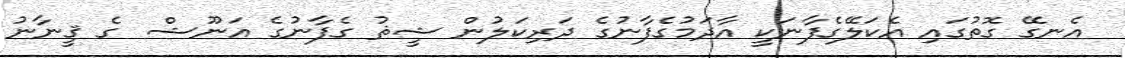
އެނގޭ ގޮތުގައި އެކަލޭގެފާނަކީ އާދަމުގެފާނުގެ ދަރިކަލުން ޝީޘު ގެފާނުގެ އަނޫޝް  ގެ ޤީނާނު